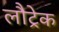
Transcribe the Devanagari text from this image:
लौट्रेक